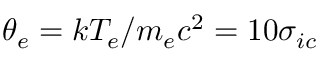
\theta _ { e } = k T _ { e } / m _ { e } c ^ { 2 } = 1 0 \sigma _ { i c }